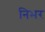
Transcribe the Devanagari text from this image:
निभर